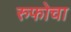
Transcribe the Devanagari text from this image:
रुफोचा